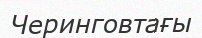
Черинговтағы